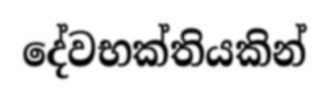
දේවභක්තියකින්